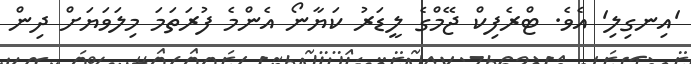
'އިނގިލި' އެވެ. ޓްރެފިކް ޖޭމްގެ ލީޑަރު ކަޔާނޯ އެންމެ ފުރަތަމަ މިލަވަޔަށް ދިން